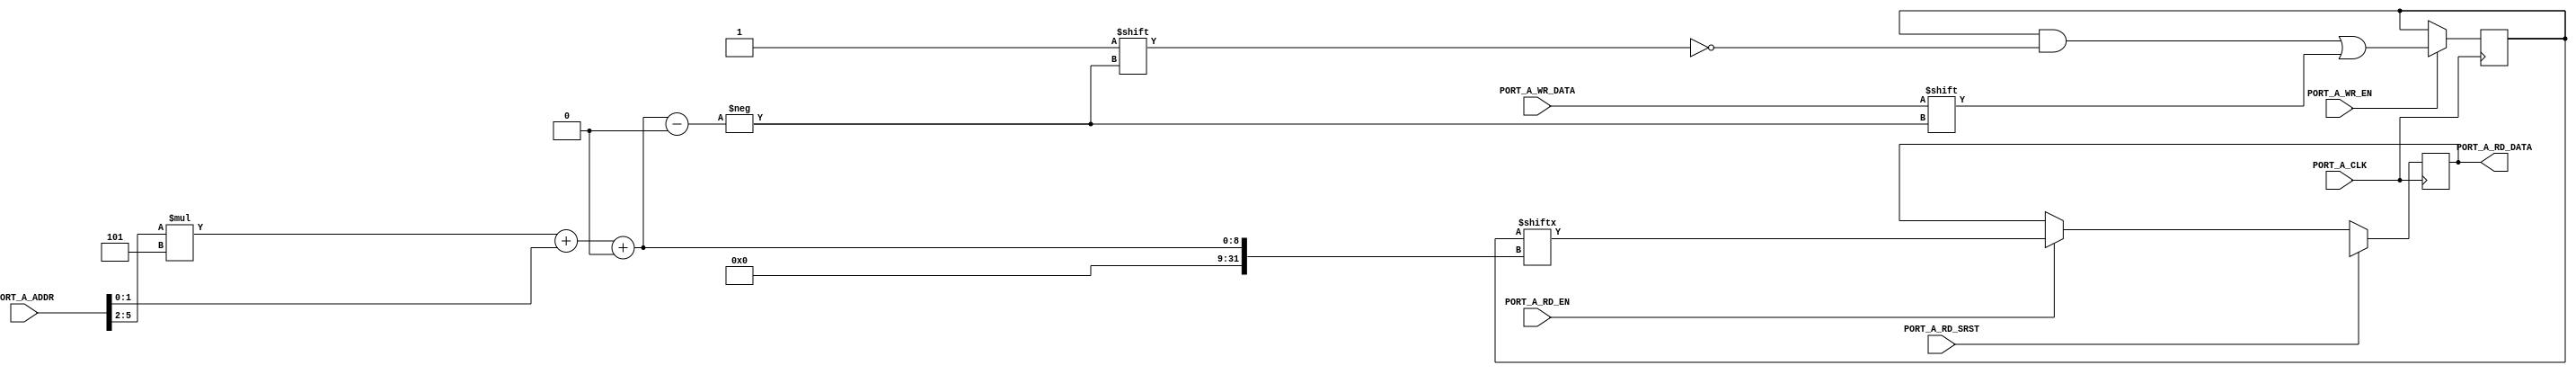
module RAM_WIDE_SP #(
	parameter [79:0] INIT = 80'hx,
	parameter PORT_A_RD_WIDTH = 1,
	parameter PORT_A_WR_WIDTH = 1,
	parameter PORT_A_WIDTH = 1,
	parameter OPTION_WIDTH_MIX = 0,
	parameter PORT_A_WR_EN_WIDTH = 1,
	parameter PORT_A_RD_SRST_VALUE = 16'hx,
	parameter RD_WIDTH = OPTION_WIDTH_MIX ? PORT_A_RD_WIDTH : PORT_A_WIDTH,
	parameter WR_WIDTH = OPTION_WIDTH_MIX ? PORT_A_WR_WIDTH : PORT_A_WIDTH
) (
	input PORT_A_CLK,
	input PORT_A_RD_EN,
	input PORT_A_RD_SRST,
	input [5:0] PORT_A_ADDR,
	output reg [RD_WIDTH-1:0] PORT_A_RD_DATA,
	input [PORT_A_WR_EN_WIDTH-1:0] PORT_A_WR_EN,
	input [WR_WIDTH-1:0] PORT_A_WR_DATA
);

reg [79:0] mem;

initial mem = INIT;

always @(posedge PORT_A_CLK)
	if (PORT_A_RD_SRST)
		PORT_A_RD_DATA <= PORT_A_RD_SRST_VALUE;
	else if (PORT_A_RD_EN)
		case (RD_WIDTH)
		1: PORT_A_RD_DATA <= mem[PORT_A_ADDR[5:2] * 5 + PORT_A_ADDR[1:0]+:1];
		2: PORT_A_RD_DATA <= mem[PORT_A_ADDR[5:2] * 5 + PORT_A_ADDR[1] * 2+:2];
		5: PORT_A_RD_DATA <= mem[PORT_A_ADDR[5:2] * 5+:5];
		10: PORT_A_RD_DATA <= mem[PORT_A_ADDR[5:3] * 10+:10];
		20: PORT_A_RD_DATA <= mem[PORT_A_ADDR[5:4] * 20+:20];
		endcase

always @(posedge PORT_A_CLK)
	case (WR_WIDTH)
	1: if (PORT_A_WR_EN) mem[PORT_A_ADDR[5:2] * 5 + PORT_A_ADDR[1:0]+:1] <= PORT_A_WR_DATA;
	2: if (PORT_A_WR_EN) mem[PORT_A_ADDR[5:2] * 5 + PORT_A_ADDR[1] * 2+:2] <= PORT_A_WR_DATA;
	5: if (PORT_A_WR_EN) mem[PORT_A_ADDR[5:2] * 5+:5] <= PORT_A_WR_DATA;
	10: begin
		if (PORT_A_WR_EN[0]) mem[PORT_A_ADDR[5:3] * 10+:5] <= PORT_A_WR_DATA[4:0];
		if (PORT_A_WR_EN[1]) mem[PORT_A_ADDR[5:3] * 10 + 5+:5] <= PORT_A_WR_DATA[9:5];
	end
	20: begin
		if (PORT_A_WR_EN[0]) mem[PORT_A_ADDR[5:4] * 20+:5] <= PORT_A_WR_DATA[4:0];
		if (PORT_A_WR_EN[1]) mem[PORT_A_ADDR[5:4] * 20 + 5+:5] <= PORT_A_WR_DATA[9:5];
		if (PORT_A_WR_EN[2]) mem[PORT_A_ADDR[5:4] * 20 + 10+:5] <= PORT_A_WR_DATA[14:10];
		if (PORT_A_WR_EN[3]) mem[PORT_A_ADDR[5:4] * 20 + 15+:5] <= PORT_A_WR_DATA[19:15];
	end
	endcase

endmodule